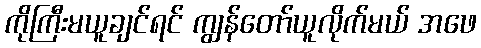
ကိုကြီးမယူချင်ရင် ကျွန်တော်ယူလိုက်မယ် အဖေ